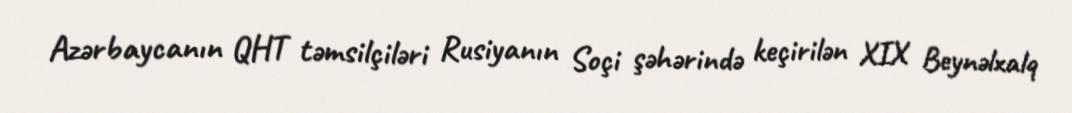
Azərbaycanın QHT təmsilçiləri Rusiyanın Soçi şəhərində keçirilən XIX Beynəlxalq